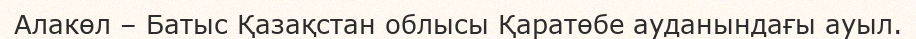
Алакөл – Батыс Қазақстан облысы Қаратөбе ауданындағы ауыл.